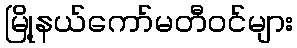
မြို့နယ်ကော်မတီဝင်များ